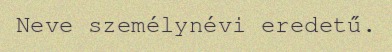
Neve személynévi eredetű.